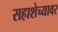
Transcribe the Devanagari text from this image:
सहाशेच्यावर